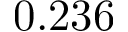
0 . 2 3 6